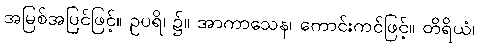
အမြစ်အပြင်ဖြင့်။ ဥပရိ၊ ၌။ အာကာသေန၊ ကောင်းကင်ဖြင့်။ တိရိယံ၊